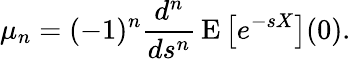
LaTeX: \mu_{n}=(-1)^{n}{\frac{d^{n}}{ds^{n}}}\operatorname{E}\left[e^{-sX}\right](0).